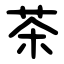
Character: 茶